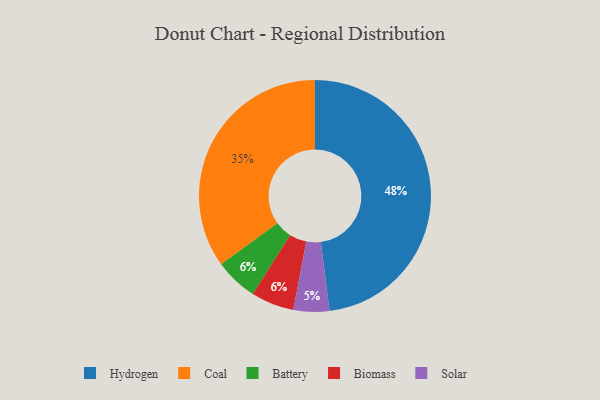
{"axis": {"x": "Category", "y": "Percentage"}, "legend": ["Battery", "Biomass", "Coal", "Hydrogen", "Solar"], "data": [{"x": "Battery", "y": 6, "type": "Battery"}, {"x": "Hydrogen", "y": 48, "type": "Hydrogen"}, {"x": "Coal", "y": 35, "type": "Coal"}, {"x": "Solar", "y": 5, "type": "Solar"}, {"x": "Biomass", "y": 6, "type": "Biomass"}]}